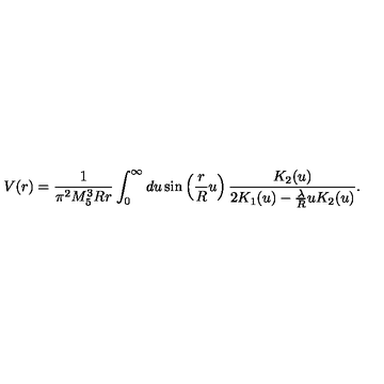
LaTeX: V ( r ) = \frac { 1 } { \pi ^ { 2 } M _ { 5 } ^ { 3 } R r } \int _ { 0 } ^ { \infty } d u \sin \left( \frac { r } { R } u \right) \frac { K _ { 2 } ( u ) } { 2 K _ { 1 } ( u ) - \frac { \lambda } { R } u K _ { 2 } ( u ) } .